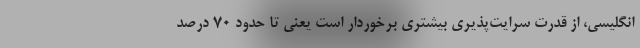
انگلیسی، از قدرت سرایت‌پذیری بیشتری برخوردار است یعنی تا حدود ۷۰ درصد